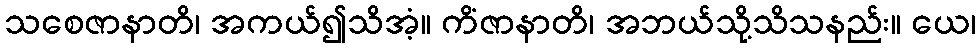
သစေဇာနာတိ၊ အကယ်၍သိအံ့။ ကိံဇာနာတိ၊ အဘယ်သို့သိသနည်း။ ယေ၊